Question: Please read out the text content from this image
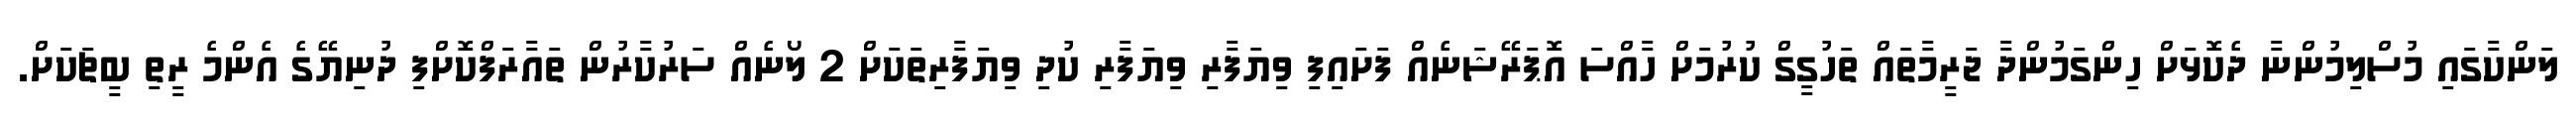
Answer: ލަންކާގައި މުސްލިމުންނާ ދެކޮޅަށް ހިންގަމުންދާ ޖަރީމާތައް ތަހުގީގް ކުރުމަށް ހާއްސަ އޮޕަރޭޝަނެއް ފަށައިފި ވިޔަފާރި ވިޔަފާރި ކުދި ވިޔަފާރިތަކަށް 2 ލޯނެއް ސަރުކާރުން ތައާރަފްކޮށްފި ދުނިޔޭގެ އެންމެ ރީތި ބީޗަކަށް.